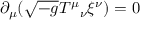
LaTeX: \partial _ { \mu } ( { \sqrt { - g } } T ^ { \mu } { } _ { \nu } \xi ^ { \nu } ) = 0